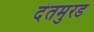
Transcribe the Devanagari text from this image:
दंतमुरड